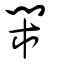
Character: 閙